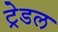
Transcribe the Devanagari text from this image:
ट्रेडल